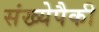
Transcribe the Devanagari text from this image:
संख्येपैकी